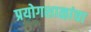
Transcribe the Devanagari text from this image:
प्रयोगशाळांचा